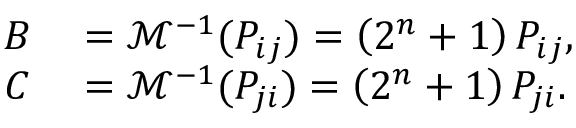
\begin{array} { r l } { B } & { { } = \mathcal { M } ^ { - 1 } ( P _ { i j } ) = \left( 2 ^ { n } + 1 \right) P _ { i j } , } \\ { C } & { { } = \mathcal { M } ^ { - 1 } ( P _ { j i } ) = \left( 2 ^ { n } + 1 \right) P _ { j i } . } \end{array}